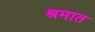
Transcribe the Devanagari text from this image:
श्रमात